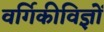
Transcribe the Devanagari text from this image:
वर्गिकीविज्ञों